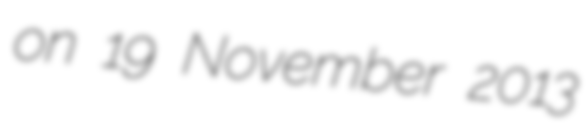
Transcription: on 19 November 2013